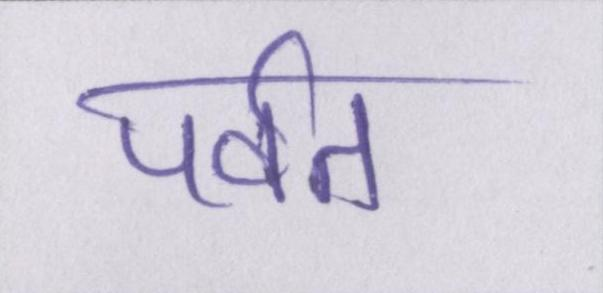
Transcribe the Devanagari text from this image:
पर्वत